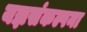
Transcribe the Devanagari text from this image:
यज्ञसंकल्पना